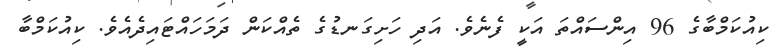
ކިއުކަމްބާގެ 96 އިންސައްތަ އަކީ ފެނެވެ. އަދި ހަށިގަނޑުގެ ތެއްކަން ދަމަހައްޓައިދެއެވެ. ކިއުކަމްބާ